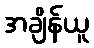
အချိန်ယူ